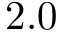
2 . 0